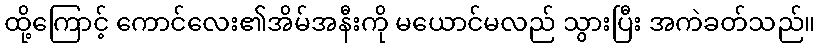
ထို့ကြောင့် ကောင်လေး၏အိမ်အနီးကို မယောင်မလည် သွားပြီး အကဲခတ်သည်။